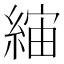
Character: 𦁖